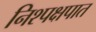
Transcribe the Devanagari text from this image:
निश्पक्षपात